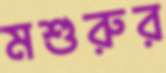
মশুরুর